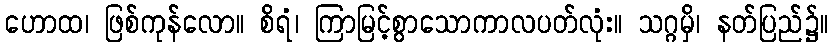
ဟောထ၊ ဖြစ်ကုန်လော။ စိရံ၊ ကြာမြင့်စွာသောကာလပတ်လုံး။ သဂ္ဂမှိ၊ နတ်ပြည်၌။